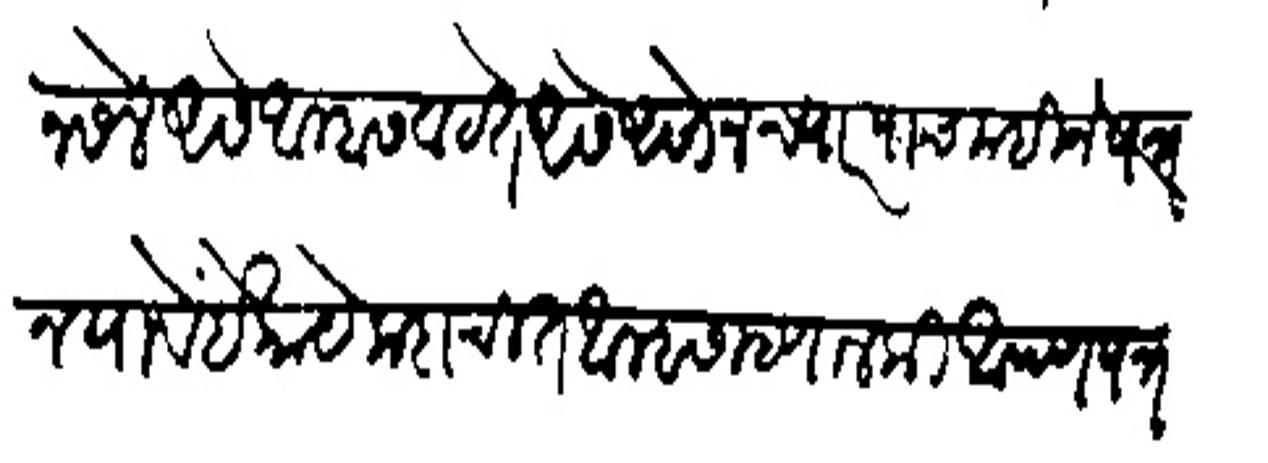
Transliteration (Devanagari): नसेल असे आम्हास वाटते असे असोन च्यार पाच महिने पत्र न यावे हे काये कदाचित आम्हास म्हणाल की आपण पत्र